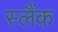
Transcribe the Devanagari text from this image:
स्लैंक